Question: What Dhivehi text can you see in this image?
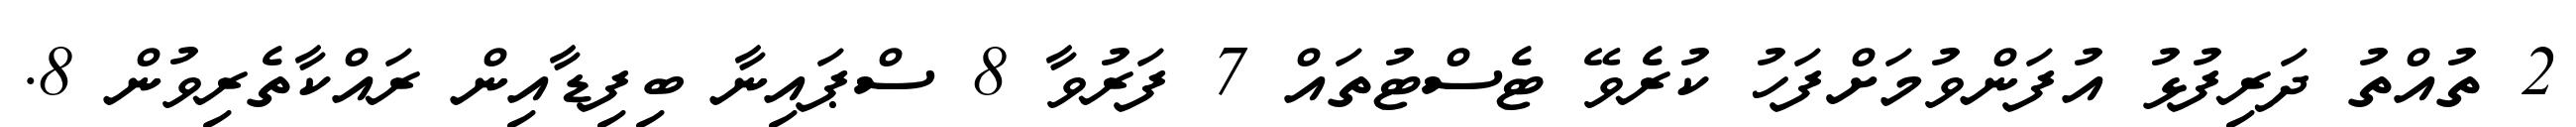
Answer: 2 ތުއްތު ދަރިފުޅު އުފަންވުމަށްފަހު ކުރެވޭ ޓެސްޓުތައް 7 ފަރުވާ 8 ސްޕައިނާ ބިފިޑާއިން ރައްކާތެރިވުން 8.